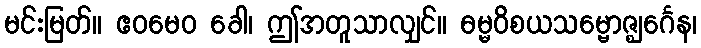
မင်းမြတ်။ ဧဝမေဝ ခေါ၊ ဤအတူသာလျှင်။ ဓမ္မဝိစယသမ္ဗောဇ္ဈင်္ဂေန၊